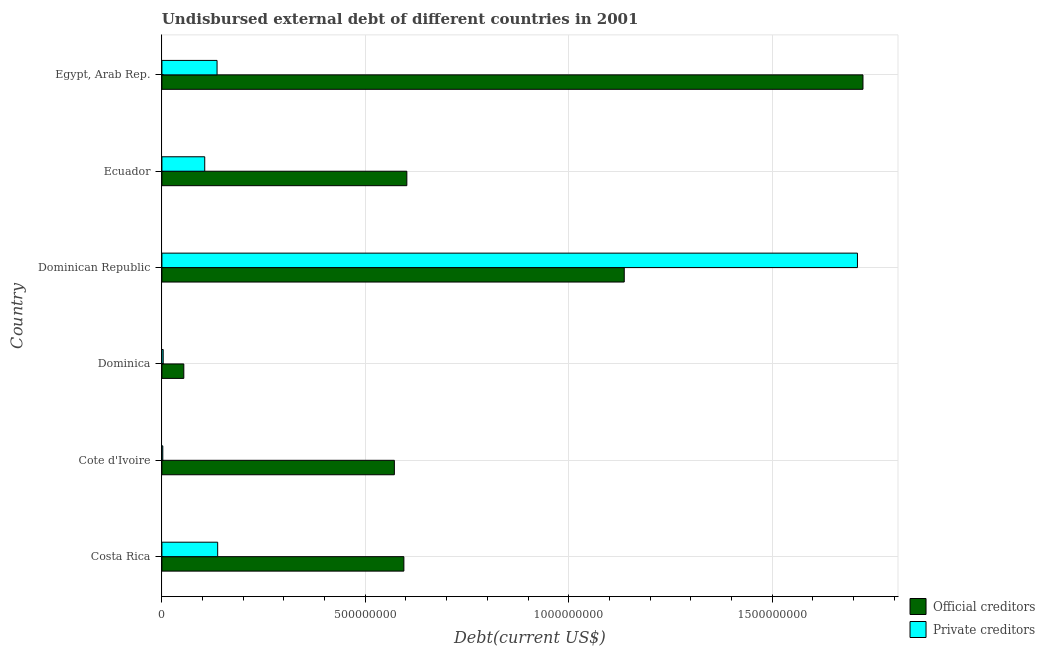
| Country | Official creditors | Private creditors |
 | --- | --- | --- |
 | Costa Rica | 5.95e+08 | 1.37e+08 |
 | Cote d'Ivoire | 5.71e+08 | 2.2e+06 |
 | Dominica | 5.38e+07 | 3.20e+06 |
 | Dominican Republic | 1.14e+09 | 1.71e+09 |
 | Ecuador | 6.02e+08 | 1.05e+08 |
 | Egypt, Arab Rep. | 1.72e+09 | 1.36e+08 |